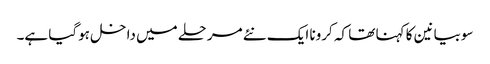
سوبیانین کا کہنا تھا کہ کرونا ایک نئے مرحلے میں داخل ہوگیا ہے۔